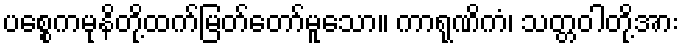
ပစ္စေကမုနိတို့ထက်မြတ်တော်မူသော။ ကာရုဏိကံ၊ သတ္တဝါတို့အား